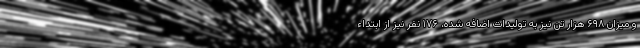
و میزان ۶۹۸ هزار تن نیز به تولیدات اضافه شده‌، ۱۷۶ نفر نیز از ابتداء